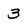
Character: 3